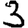
Digit: 3